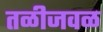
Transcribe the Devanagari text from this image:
तळीजवळ